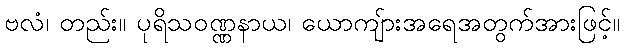
ဗလံ၊ တည်း။ ပုရိသဝဏ္ဏနာယ၊ ယောကျ်ားအရေအတွက်အားဖြင့်။